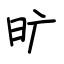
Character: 旷